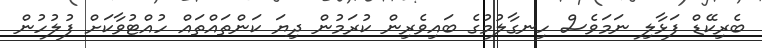
ބެރިކޭޑް ފަޅާލި ނަމަވެސް ހިނގާލުމުގެ ބައިވެރިން ކުރަމުން ދިޔަ ކަންތައްތައް ހުއްޓުވާކަށް ފުލުހުން